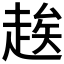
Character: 𬦑